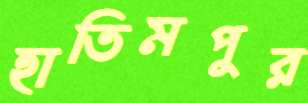
হাতিমপুর